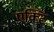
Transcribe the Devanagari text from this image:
एक्टि